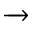
\xrightarrow { }